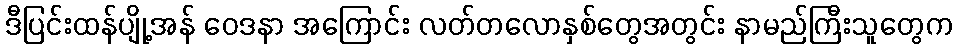
ဒီပြင်းထန်ပျို့အန် ဝေဒနာ အကြောင်း လတ်တလောနှစ်တွေအတွင်း နာမည်ကြီးသူတွေက